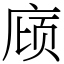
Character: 庼